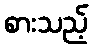
စားသည့်